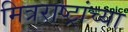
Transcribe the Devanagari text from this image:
मित्रराष्ट्रांच्या